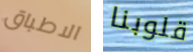
الاطباق قلوبنا